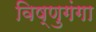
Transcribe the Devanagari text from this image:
विष्णुगंगा